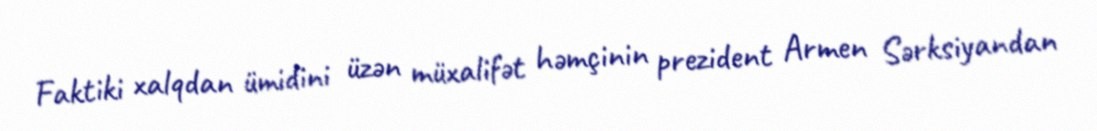
Faktiki xalqdan ümidini üzən müxalifət həmçinin prezident Armen Sərksiyandan